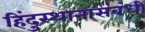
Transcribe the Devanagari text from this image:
हिंदुस्थानासंबंधी